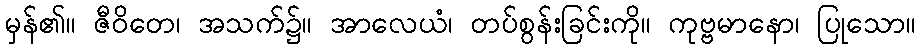
မှန်၏။ ဇီဝိတေ၊ အသက်၌။ အာလေယံ၊ တပ်စွန်းခြင်းကို။ ကုဗ္ဗမာနော၊ ပြုသော။